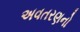
અવતરણનો